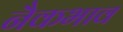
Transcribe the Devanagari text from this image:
नैकभाव